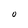
Character: O